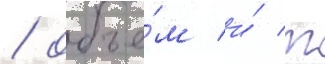
/ объе́м и́ т